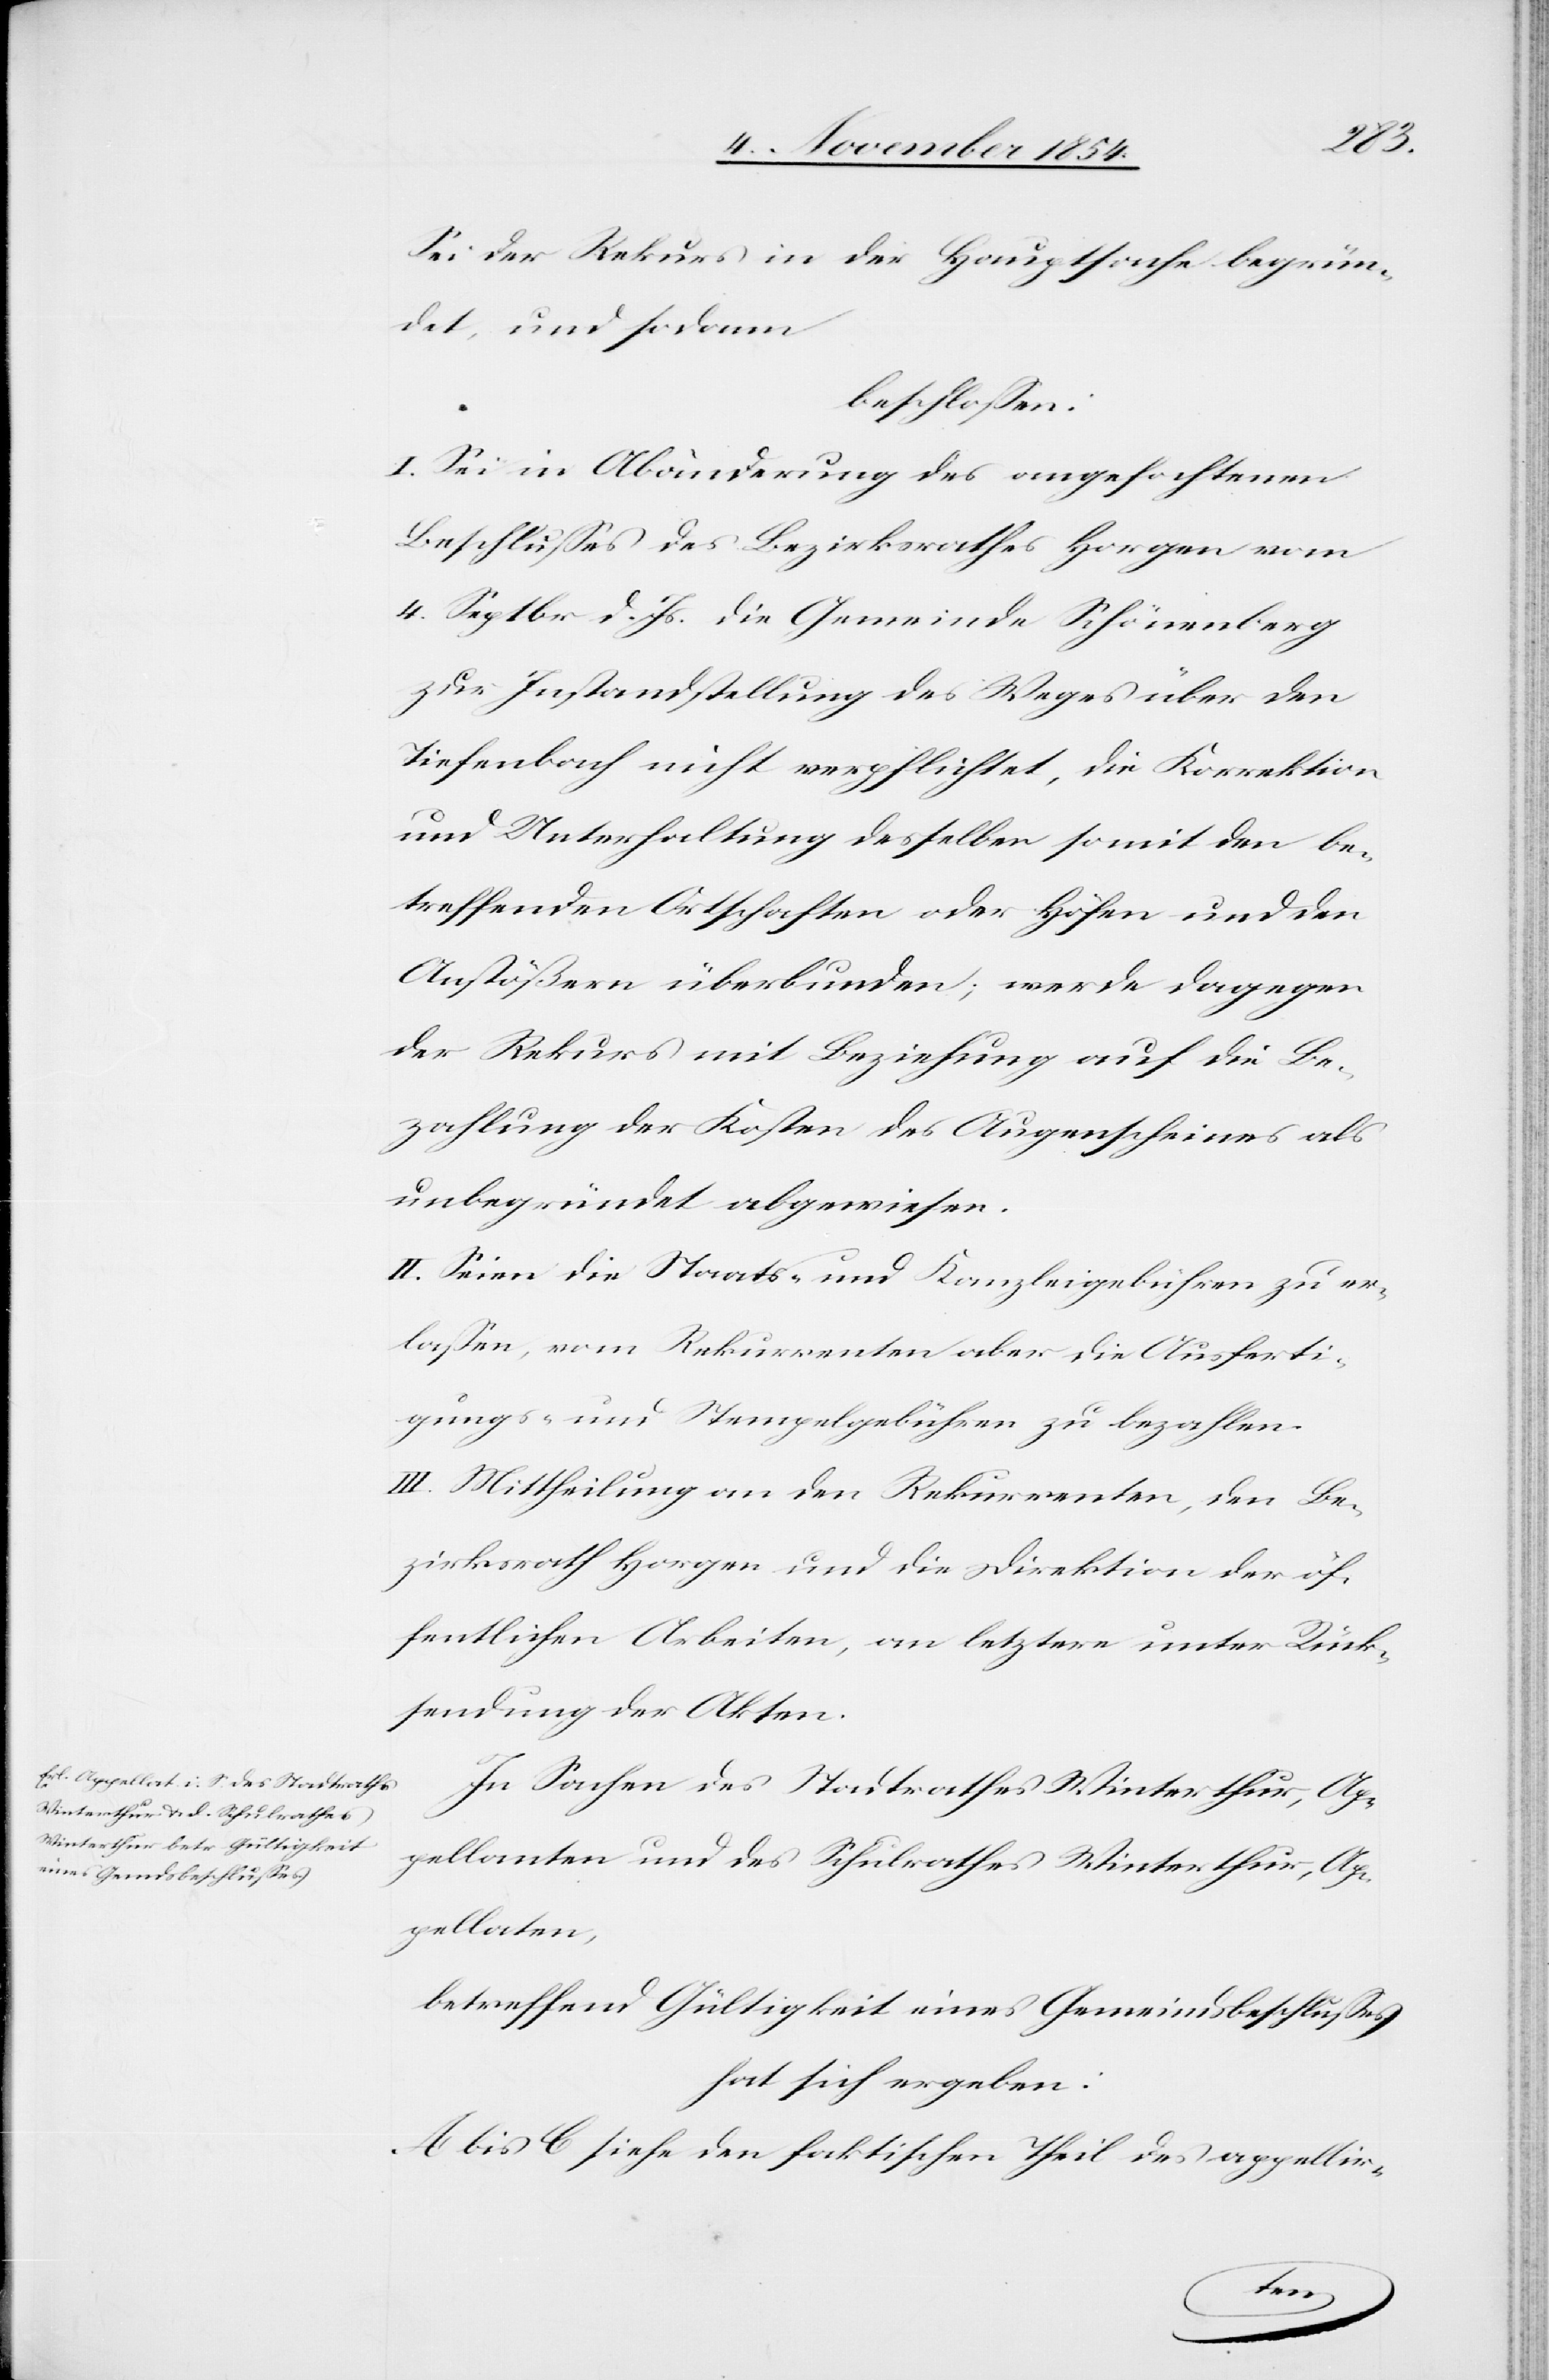
Sei der Rekurs in der Hauptsache begrün¬
det, und sodann
beschloßen:
I. Sei in Abänderung des angefochtenen
Beschlußes des Bezirksrathes Horgen vom
4. Septbr d. Js. die Gemeinde Schönenberg
zur Instandstellung des Weges über den
Tiefenbach nicht verpflichtet, die Korrektion
und Unterhaltung desselben somit den be¬
treffenden Ortschaften oder Höfen und den
Anstößern überbunden; werde dagegen
der Rekurs mit Beziehung auf die Be¬
zahlung der Kosten des Augenscheines als
unbegründet abgewiesen.
II. Seien die Staats- und Kanzleigebühren zu er¬
laßen, vom Rekurrenten aber die Ausferti¬
gungs- und Stempelgebühren zu bezahlen.
III. Mittheilung an den Rekurrenten, den Be¬
zirksrath Horgen und die Direktion der öf¬
fentlichen Arbeiten, an letztere unter Rück¬
sendung der Akten.
In Sachen des Stadtrathes Winterthur, Ap¬
pellanten und des Schulrathes Winterthur, Ap¬
pellaten,
betreffend Gültigkeit eines Gemeindsbeschlußes
hat sich ergeben:
A bis C siehe den faktischen Theil des appellir-